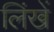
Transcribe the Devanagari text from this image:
लिंखें